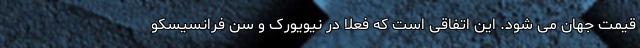
قیمت جهان می شود. این اتفاقی است که فعلا در نیویورک و سن فرانسیسکو